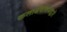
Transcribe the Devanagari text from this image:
कलासंचालनाद्वारे